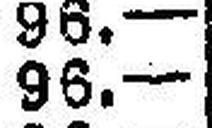
96.—